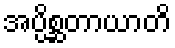
အပ္ပိစ္ဆတာယာတိ